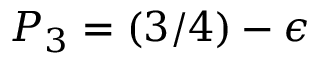
P _ { 3 } = ( 3 / 4 ) - \epsilon